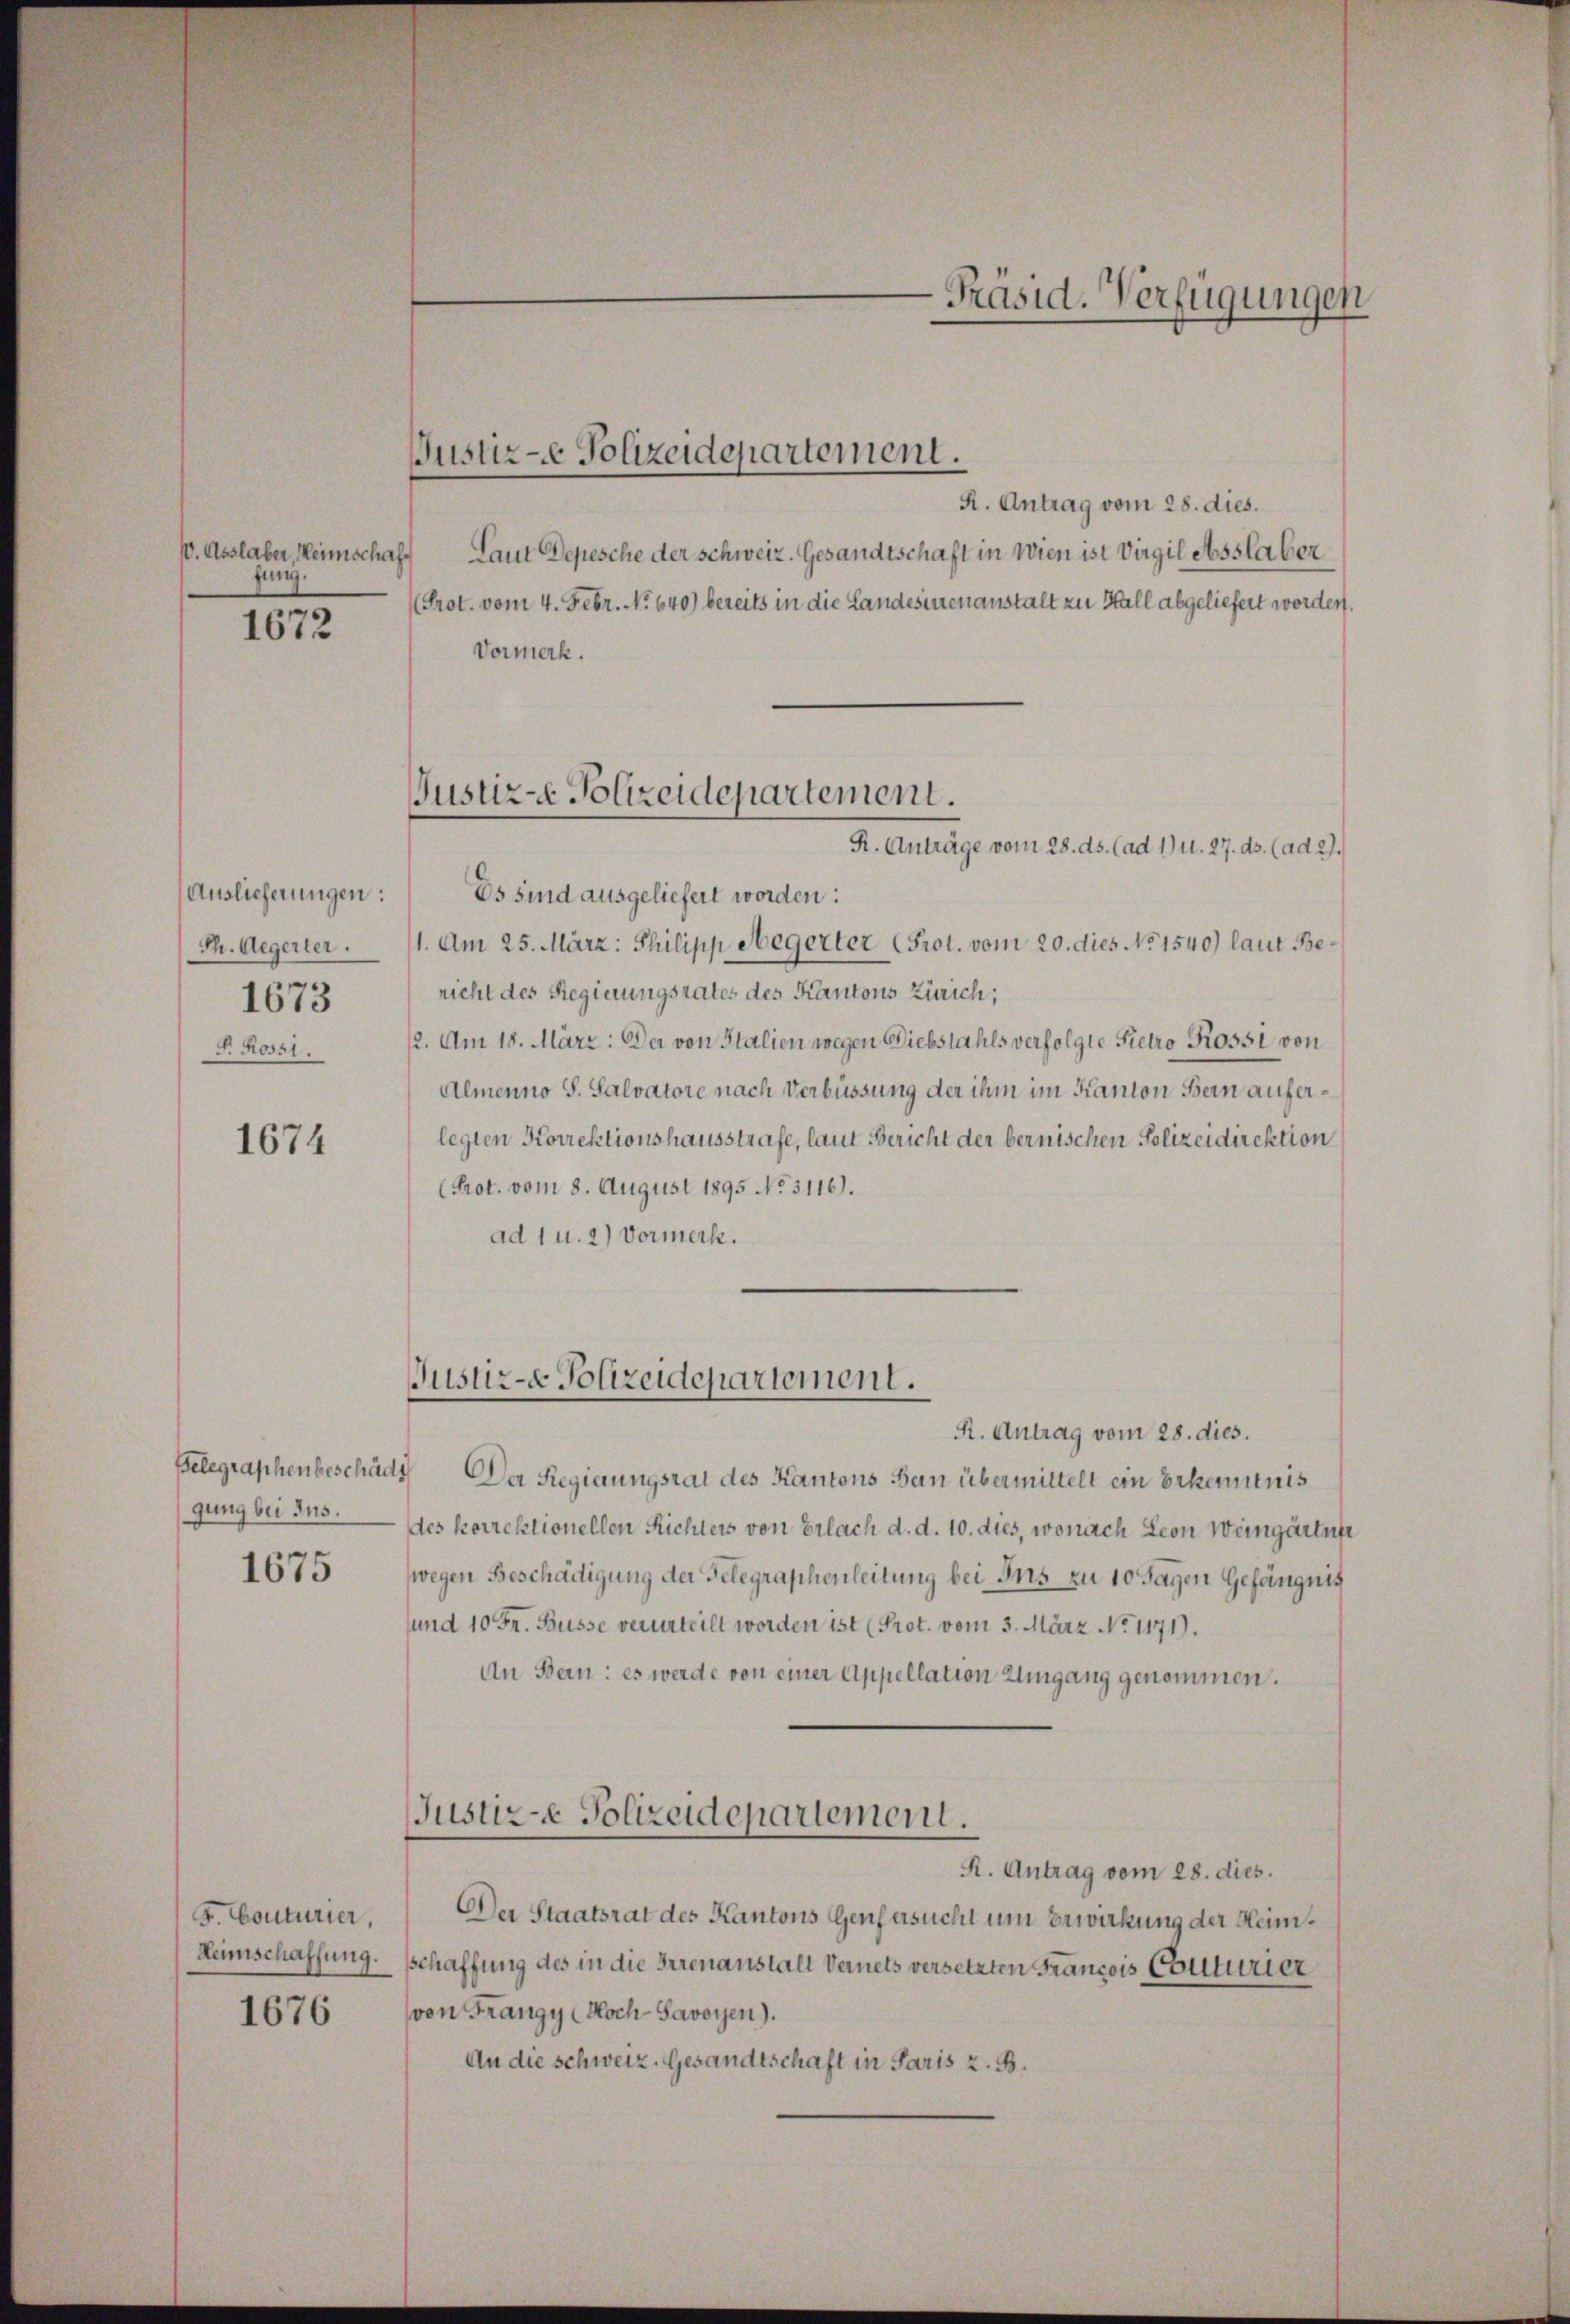
V. Auslaber, Heimschaf
fung.

1672

Auslieferungen:
Ph. Aegerter.
1673
R. Rossi.

1674

gung bei Ins.

1675

F. Couturier,
Heimschaffung.

1676

Justiz-e Polizeidepartement.

Justiz-e Polizeidepartement.

R. Antrag vom 28. dies.
Laut Depesche der Schweiz. Gesandtschaft in Wien ist Virgil Asstaber
(Prot. vom 4. Febr. No 640) bereits in die Landesirenanstalt zu Hall abgeliefert worden.
Vormerk.
R. Anträge vom 28. ds. (ad 1) u. 27. ds. (ad 2.
Es sind ausgeliefert worden:
1. Am 25. März: Philipp Megerter (Prot. vom 20. dies No 1540) laut Bericht des Regierungsrates des Kantons Zürich;
2. Am 18. März: Der von Stalien wegen Diebstahls verfolgte Pietro Rossi von
Almenno S. Salvatore nach Verbüssung der ihm im Kanton Bern auferlegten Korrektionshausstrafe, laut Bericht der bernischen Polizeidirektion
Prot. vom 8. August 1895 No 3116).
ad 1 u. 2) Vormerk.

Justiz- Polizeidepartement.

R. Antrag vom 28. dies.
Belegraphenbeschädt. Da Regierungsrat des Kantons Bern übermittelt ein Erkenntnis
des korrektionellen Richters von Erlach d. d. 10. dies, wonach Leon Weingärtner
wegen Beschädigung der Telegraphenleitung bei Ins zu 10 Tagen Gefängnis
sund 10 Fr. Busse verurteilt worden ist (Prot. vom 3. März No. 1171).
An Bern: es werde von einer Appellation Umgang genommen.
Justiz-e Polizeidepartement.
R. Antrag vom 28. dies.
Der Staatsrat des Kantons Genfersucht um Bewirkung der Heimschaffung des in die Irrenanstalt Vernets versetzten Francois Conturier
(von Frangy Hoch-Savoyen).
An die schweiz. Gesandtschaft in Paris z. B.

Präsid. Verfügungen